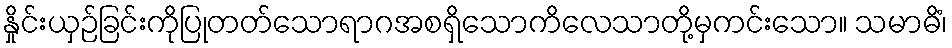
နှိုင်းယှဉ်ခြင်းကိုပြုတတ်သောရာဂအစရှိသောကိလေသာတို့မှကင်းသော။ သမာဓိံ၊